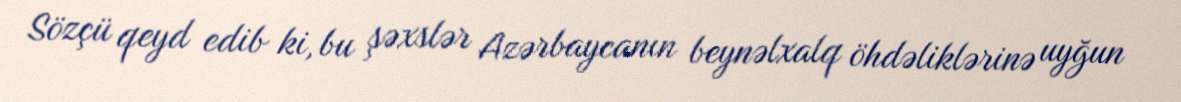
Sözçü qeyd edib ki, bu şəxslər Azərbaycanın beynəlxalq öhdəliklərinə uyğun